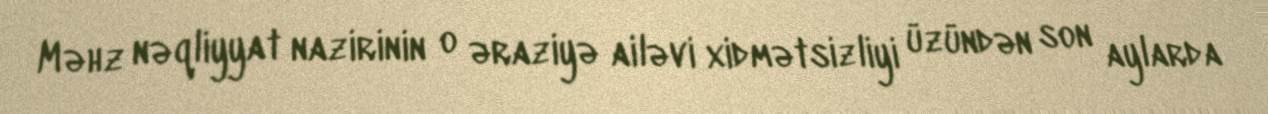
Məhz nəqliyyat nazirinin o əraziyə ailəvi xidmətsizliyi üzündən son aylarda